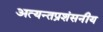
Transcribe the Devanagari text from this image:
अत्यन्तप्रशंसनीय